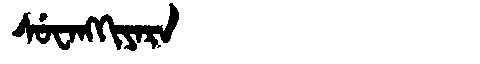
Manchu: ᠰᡠᠸᠠᠩᡴᡳᠶᠠᡵᠠ
Romanization: SUWANGKIYARA